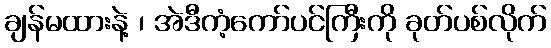
ချန်မထားနဲ့ ၊ အဲဒီကံ့ကော်ပင်ကြီးကို ခုတ်ပစ်လိုက်